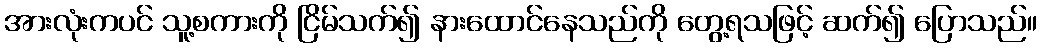
အားလုံးကပင် သူ့စကားကို ငြိမ်သက်၍ နားထောင်နေသည်ကို တွေ့ရသဖြင့် ဆက်၍ ပြောသည်။